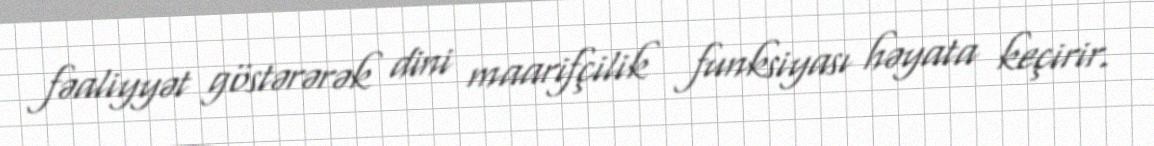
fəaliyyət göstərərək dini maarifçilik funksiyası həyata keçirir.